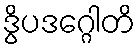
ဒွိပဒဂ္ဂေါတိ